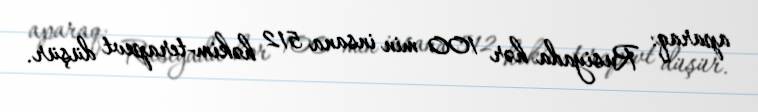
aparaq: Rusiyada hər 100 min insana 512 həkim-terapevt düşür.